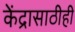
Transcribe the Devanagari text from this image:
केंद्रासाठीही